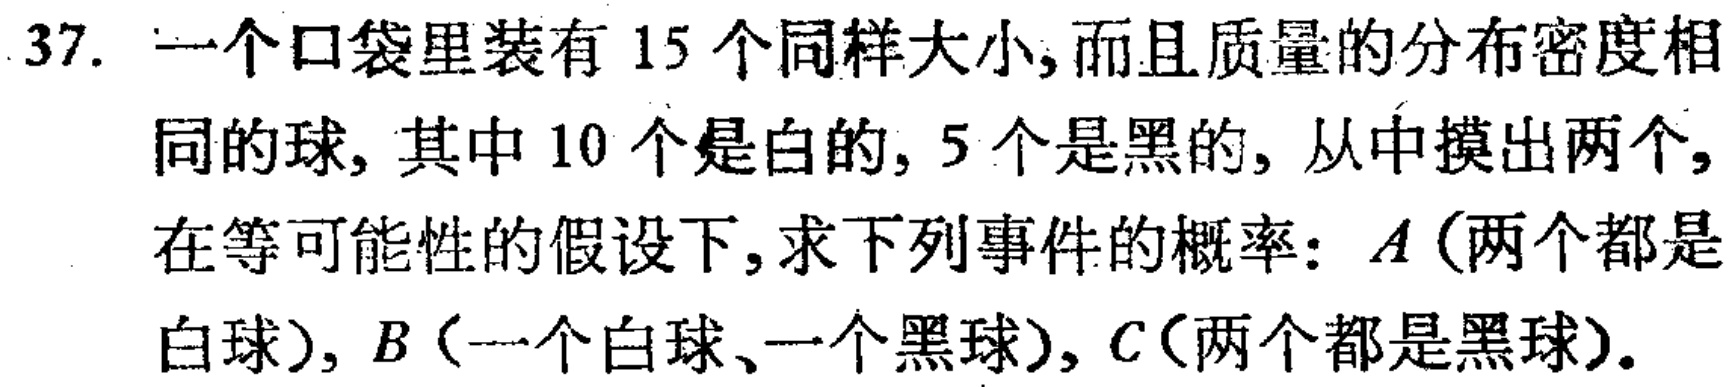
37. 一个口袋里装有 15 个同样大小, 而且质量的分布密度相同的球, 其中 10 个是白的, 5 个是黑的, 从中摸出两个, 在等可能性的假设下, 求下列事件的概率: $A$(两个都是白球), $B$(一个白球、一个黑球), $C$(两个都是黑球).